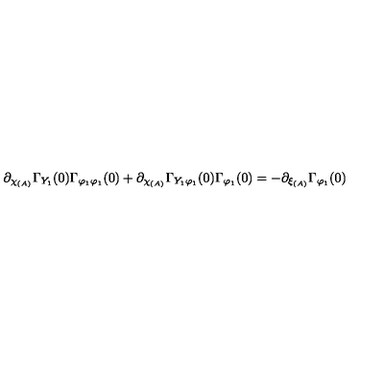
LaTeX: \partial _ { \chi _ { ( A ) } } \Gamma _ { Y _ { 1 } } ( 0 ) \Gamma _ { \varphi _ { 1 } \varphi _ { 1 } } ( 0 ) + \partial _ { \chi _ { ( A ) } } \Gamma _ { Y _ { 1 } \varphi _ { 1 } } ( 0 ) \Gamma _ { \varphi _ { 1 } } ( 0 ) = - \partial _ { \xi _ { ( A ) } } \Gamma _ { \varphi _ { 1 } } ( 0 )